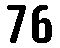
76